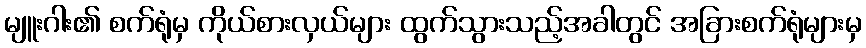
မျူးဂါး၏ စက်ရုံမှ ကိုယ်စားလှယ်များ ထွက်သွားသည့်အခါတွင် အခြားစက်ရုံများမှ